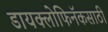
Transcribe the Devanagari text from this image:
डायक्लोफिनॅकसाठी